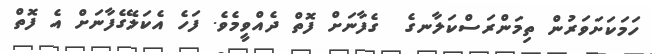
ހަމަކަށަވަރުން ތިމަންރަސްކަލާނގެ  ގެފާނަށް ފޮތް ދެއްވީމެވެ. ފަހެ އެކަލޭގެފާނަށް އެ ފޮތް